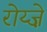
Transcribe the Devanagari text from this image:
रोय्ज़े